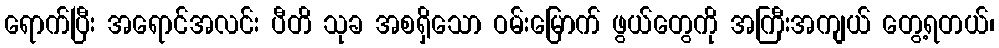
ရောက်ပြီး အရောင်အလင်း ပီတိ သုခ အစရှိသော ဝမ်းမြောက် ဖွယ်တွေကို အကြီးအကျယ် တွေ့ရတယ်၊